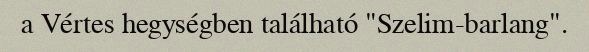
a Vértes hegységben található "Szelim-barlang".